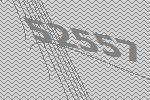
52557